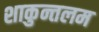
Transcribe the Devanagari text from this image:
शाकुन्तलम